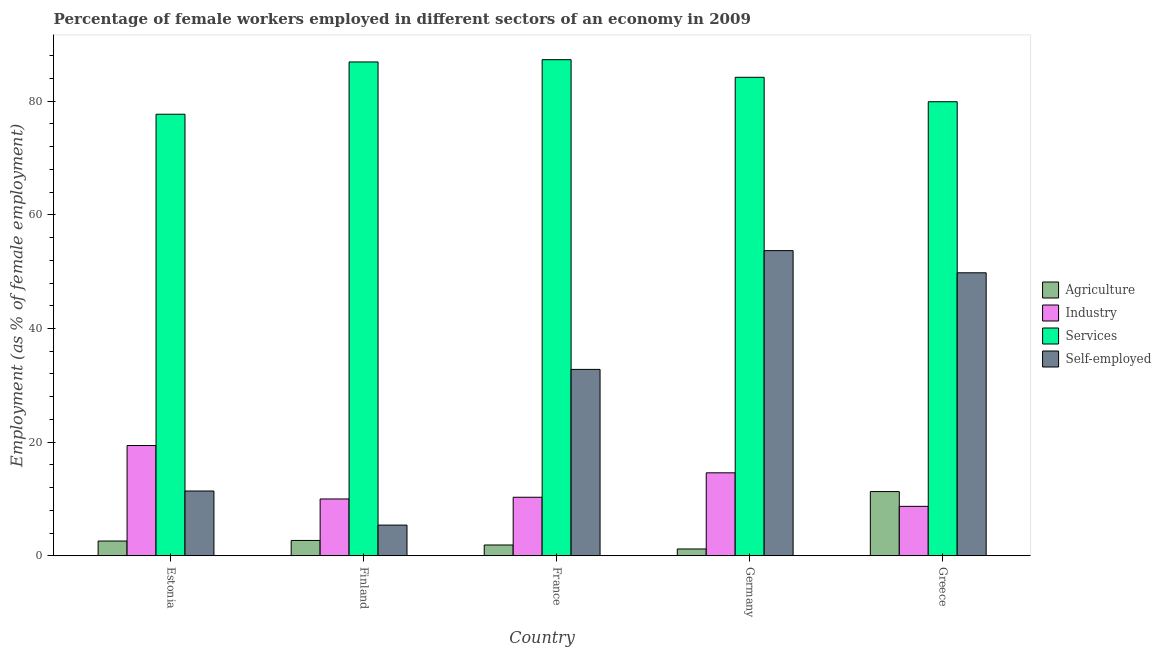
| Country | Agriculture | Industry | Services | Self-employed |
 | --- | --- | --- | --- | --- |
 | Estonia | 2.6 | 19.4 | 77.7 | 11.4 |
 | Finland | 2.7 | 10 | 86.9 | 5.4 |
 | France | 1.9 | 10.3 | 87.3 | 32.8 |
 | Germany | 1.2 | 14.6 | 84.2 | 53.7 |
 | Greece | 11.3 | 8.7 | 79.9 | 49.8 |